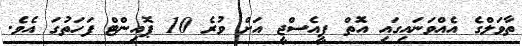
ތާވަލްގެ އެއްވަނައިގައި އޮތް ޕީއެސްޖީ އަށް ވުރެ 10 ޕޮއިންޓް ފަހަތުގަ އެވެ.